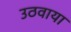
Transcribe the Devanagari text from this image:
उठवाया